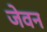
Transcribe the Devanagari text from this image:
जेवन